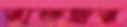
রাতজ্বর